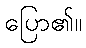
ပြော၏။